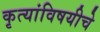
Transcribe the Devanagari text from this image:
कृत्यांविषयीचे